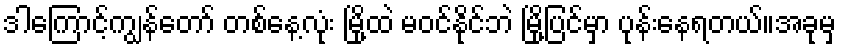
ဒါကြောင့်ကျွန်တော် တစ်နေ့လုံး မြို့ထဲ မဝင်နိုင်ဘဲ မြို့ပြင်မှာ ပုန်းနေရတယ်။အခုမှ